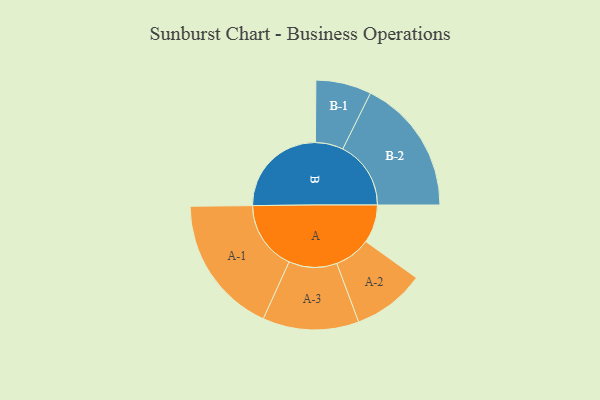
{"axis": {"x": "Segment", "y": "Value"}, "legend": ["", "A", "B"], "data": [{"x": "A", "y": 158, "type": ""}, {"x": "B", "y": 403, "type": ""}, {"x": "A-1", "y": 288, "type": "A"}, {"x": "A-2", "y": 150, "type": "A"}, {"x": "A-3", "y": 199, "type": "A"}, {"x": "B-1", "y": 115, "type": "B"}, {"x": "B-2", "y": 282, "type": "B"}]}